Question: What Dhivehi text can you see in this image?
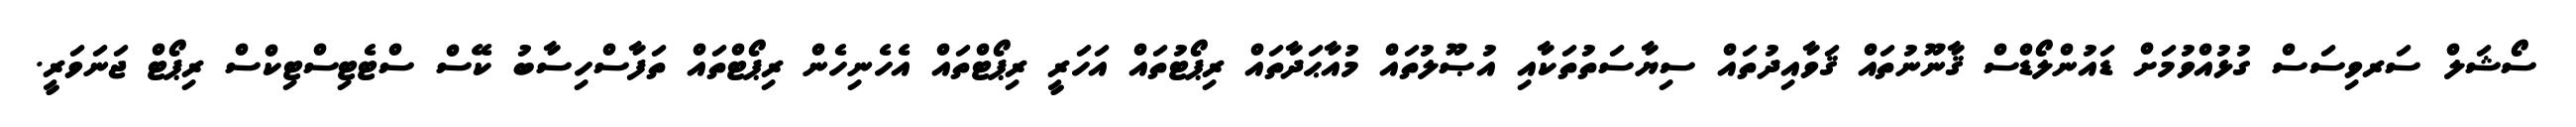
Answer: ސޯޝަލް ސަރވިސަސް ގުޅުއްވުމަށް ޑައުންލޯޑްސް ޤާނޫނުތައް ޤަވާއިދުތައް ސިޔާސަތުތަކާއި އުޞޫލުތައް މުއާޙަދާތައް ރިޕޯޓުތައް އަހަރީ ރިޕޯޓްތައް އެހެނިހެން ރިޕޯޓްތައް ތަފާސްހިސާބު ކޭސް ސްޓެޓިސްޓިކްސް ރިޕޯޓް ޖަނަވަރީ.